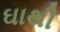
ઘાથી